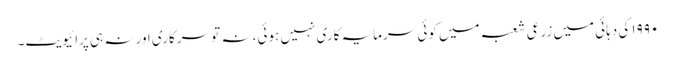
۱۹۹۰ کی دہائی میں زرعی شعبہ میں کوئی سرمایہ کاری نہیں ہوئی، نہ تو سرکاری اور نہ ہی پرائیویٹ۔